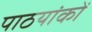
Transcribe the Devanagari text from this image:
पाठयांकों